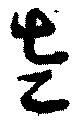
左